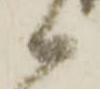
候